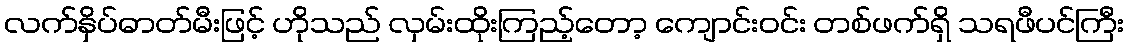
လက်နှိပ်ဓာတ်မီးဖြင့် ဟိုသည် လှမ်းထိုးကြည့်တော့ ကျောင်းဝင်း တစ်ဖက်ရှိ သရဖီပင်ကြီး